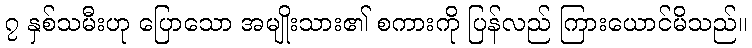
၇ နှစ်သမီးဟု ပြောသော အမျိုးသား၏ စကားကို ပြန်လည် ကြားယောင်မိသည်။